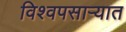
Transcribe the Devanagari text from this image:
विश्वपसाऱ्यात